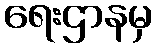
ရေးဌာနမှ